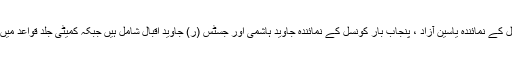
کمیٹی اراکین میں اٹارنی جنرل اشتر اوصاف ،پاکستان بار کونسل کے نمائندہ یاسین آزاد ، پنجاب بار کونسل کے نمائندہ جاوید ہاشمی اور جسٹس (ر) جاوید اقبال شامل ہیں جبکہ کمیٹی جلد قواعد میں ترامیم کے لیے اپنی سفارشات مرتب کرنے کا آغاز کرے گی۔